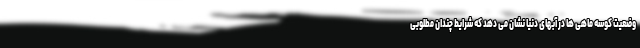
وضعیت کوسه ماهی ها در آبهای دنیا نشان می دهد که شرایط چندان مطلوبی